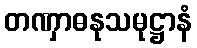
တဏှာဓနုသမုဋ္ဌာနံ